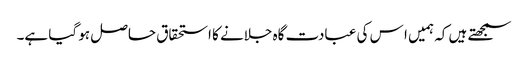
سمجھتے ہیں کہ ہمیں ا س کی عبادت گاہ جلانے کا استحقاق حاصل ہو گیا ہے۔